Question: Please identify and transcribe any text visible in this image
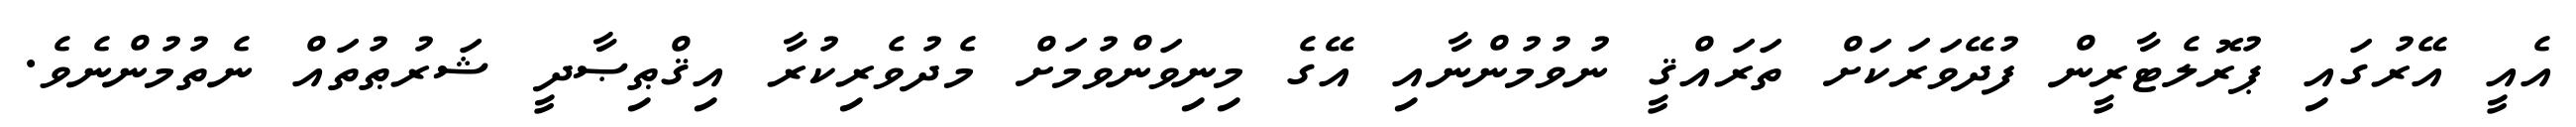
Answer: އެއީ އޭރުގައި ޕުރޮލެޓާރީން ފުދޭވަރަކަށް ތަރައްޤީ ނުވުމުންނާއި އޭގެ މިނިވަންވުމަށް މެދުވެރިކުރާ އިޤްޠިޞާދީ ޝަރުޠުތައް ނެތުމުންނެވެ.